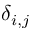
\delta _ { i , j }